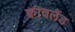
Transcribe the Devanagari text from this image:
क्वीवलैंड